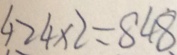
4 2 4 \times 2 = 8 4 8